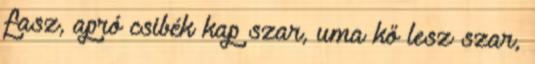
fasz, apró csibék kap szar, uma kő lesz szar,